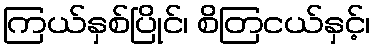
ကြယ်နှစ်ပြိုင်၊ စိတြငယ်နှင့်၊